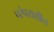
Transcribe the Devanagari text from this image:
परंपराशील